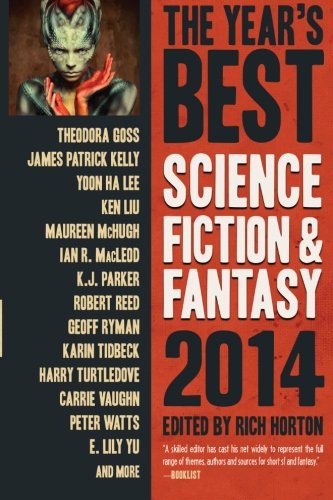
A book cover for The Year's Best Science Fiction & Fantasy 2014 Edition (Year's Best Science Fiction and Fantasy); Rich Horton; Science Fiction & Fantasy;